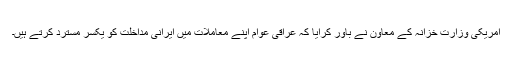
امریکی وزارت خزانہ کے معاون نے باور کرایا کہ عراقی عوام اپنے معاملات میں ایرانی مداخلت کو یکسر مسترد کرتے ہیں۔